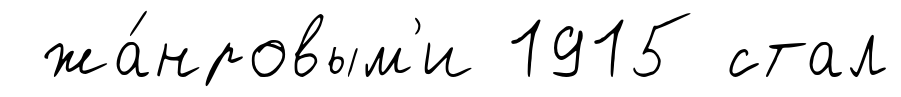
жа́нровым'и 1915 стал